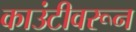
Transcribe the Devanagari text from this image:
काउंटीवरून